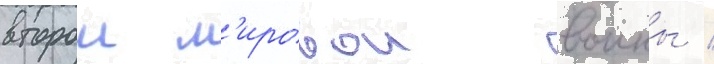
второи м'ировои воины /